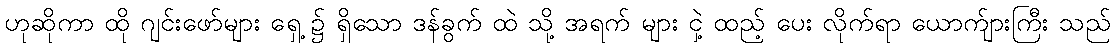
ဟုဆိုကာ ထို ဂျင်းဖော်များ ရှေ့ ၌ ရှိသော ဒန်ခွက် ထဲ သို့ အရက် များ ငှဲ့ ထည့် ပေး လိုက်ရာ ယောက်ျားကြီး သည်